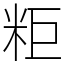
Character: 粔